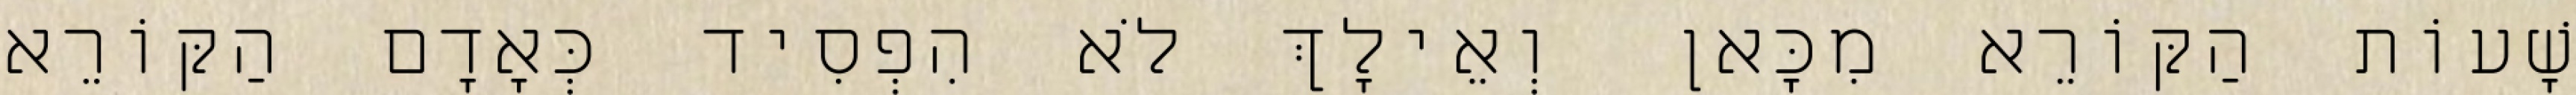
שָׁעוֹת הַקּוֹרֵא מִכָּאן וְאֵילָךְ לֹא הִפְסִיד כְּאָדָם הַקּוֹרֵא